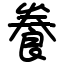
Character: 飬